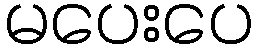
မပေးပေ